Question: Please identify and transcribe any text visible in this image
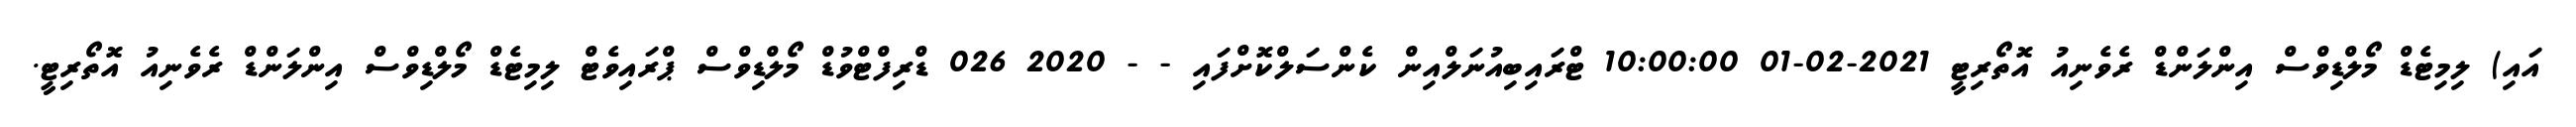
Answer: އައި) ލިމިޓެޑް މޯލްޑިވްސް އިންލަންޑް ރެވެނިއު އޮތޯރިޓީ 2021-02-01 10:00:00 ޓްރައިބިއުނަލްއިން ކެންސަލްކޮށްފައި - - 2020 026 ޑްރިފްޓްވުޑް މޯލްޑިވްސް ޕްރައިވެޓް ލިމިޓެޑް މޯލްޑިވްސް އިންލަންޑް ރެވެނިއު އޮތޯރިޓީ.